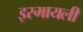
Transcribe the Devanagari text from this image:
इस्मायली